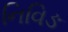
નિવિઙ